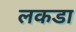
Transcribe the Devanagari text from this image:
लकडा